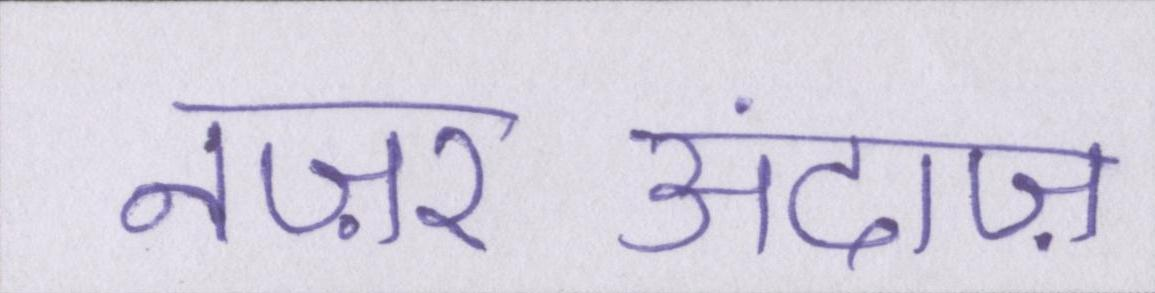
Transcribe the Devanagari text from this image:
नज़रअंदाज़